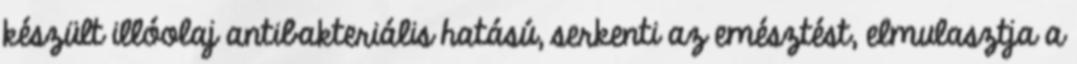
készült illóolaj antibakteriális hatású, serkenti az emésztést, elmulasztja a